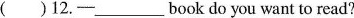
( )12.─___ book do you want to read?